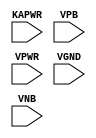
module sky130_fd_sc_hd__lpflow_decapkapwr (
    //# {{power|Power}}
    input KAPWR,
    input VPB  ,
    input VPWR ,
    input VGND ,
    input VNB
);
endmodule